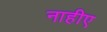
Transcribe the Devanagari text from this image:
नाहीए